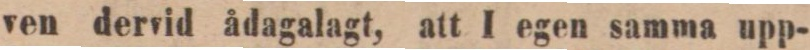
ven dervid ådagalagt, att I egen samma upp-